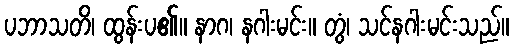
ပဘာသတိ၊ ထွန်းပ၏။ နာဂ၊ နဂါးမင်း။ တွံ၊ သင်နဂါးမင်းသည်။